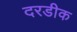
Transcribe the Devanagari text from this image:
दरडीक